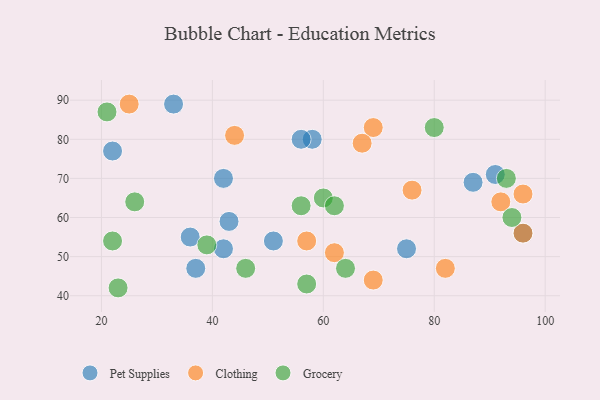
{"axis": {"x": "GDP", "y": "Life Expectancy"}, "legend": ["Clothing", "Grocery", "Pet Supplies"], "data": [{"x": "33", "y": 89, "type": "Pet Supplies"}, {"x": "37", "y": 47, "type": "Pet Supplies"}, {"x": "43", "y": 59, "type": "Pet Supplies"}, {"x": "58", "y": 80, "type": "Pet Supplies"}, {"x": "36", "y": 55, "type": "Pet Supplies"}, {"x": "91", "y": 71, "type": "Pet Supplies"}, {"x": "96", "y": 56, "type": "Pet Supplies"}, {"x": "56", "y": 80, "type": "Pet Supplies"}, {"x": "75", "y": 52, "type": "Pet Supplies"}, {"x": "87", "y": 69, "type": "Pet Supplies"}, {"x": "22", "y": 77, "type": "Pet Supplies"}, {"x": "42", "y": 52, "type": "Pet Supplies"}, {"x": "42", "y": 70, "type": "Pet Supplies"}, {"x": "51", "y": 54, "type": "Pet Supplies"}, {"x": "25", "y": 89, "type": "Clothing"}, {"x": "62", "y": 51, "type": "Clothing"}, {"x": "57", "y": 54, "type": "Clothing"}, {"x": "96", "y": 56, "type": "Clothing"}, {"x": "44", "y": 81, "type": "Clothing"}, {"x": "92", "y": 64, "type": "Clothing"}, {"x": "69", "y": 44, "type": "Clothing"}, {"x": "69", "y": 83, "type": "Clothing"}, {"x": "96", "y": 66, "type": "Clothing"}, {"x": "67", "y": 79, "type": "Clothing"}, {"x": "76", "y": 67, "type": "Clothing"}, {"x": "82", "y": 47, "type": "Clothing"}, {"x": "93", "y": 70, "type": "Grocery"}, {"x": "39", "y": 53, "type": "Grocery"}, {"x": "94", "y": 60, "type": "Grocery"}, {"x": "46", "y": 47, "type": "Grocery"}, {"x": "21", "y": 87, "type": "Grocery"}, {"x": "22", "y": 54, "type": "Grocery"}, {"x": "57", "y": 43, "type": "Grocery"}, {"x": "26", "y": 64, "type": "Grocery"}, {"x": "60", "y": 65, "type": "Grocery"}, {"x": "64", "y": 47, "type": "Grocery"}, {"x": "23", "y": 42, "type": "Grocery"}, {"x": "62", "y": 63, "type": "Grocery"}, {"x": "56", "y": 63, "type": "Grocery"}, {"x": "80", "y": 83, "type": "Grocery"}]}